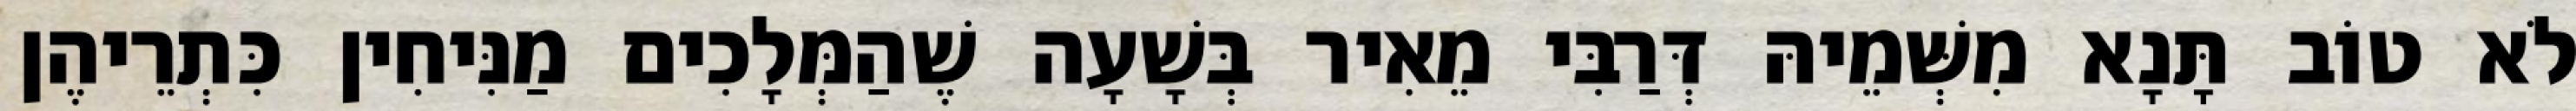
לֹא טוֹב תָּנָא מִשְּׁמֵיהּ דְּרַבִּי מֵאִיר בְּשָׁעָה שֶׁהַמְּלָכִים מַנִּיחִין כִּתְרֵיהֶן